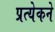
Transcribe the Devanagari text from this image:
प्रत्येकने